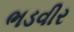
ભડવીર